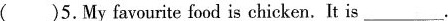
( )5.My favourite food is chicken. It is___.